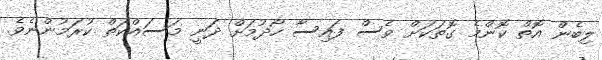
ލިބެން އޮތް ކޮންމެ ގޮތަކަށް ވެސް ފައިސާ ހޯދުމަށް ދަނީ މަސައްކަތް ކުރަމުންނެވެ.